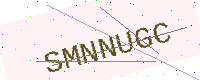
Text: SMNNUGC